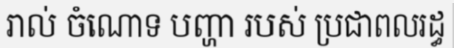
រាល់ ចំណោទ បញ្ហា របស់ ប្រជាពលរដ្ធ